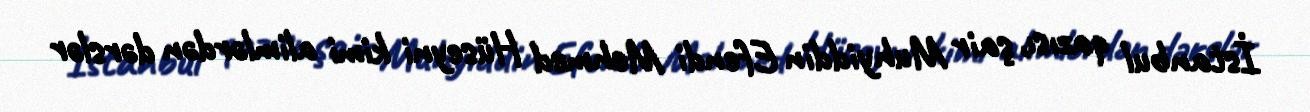
İstanbul qazısı, şair Muhyiddin Efendi Mehmed Hüseyni kimi alimlərdən dərslər